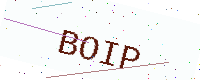
Text: BOIP